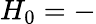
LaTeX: H_{0}=-